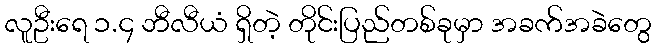
လူဦးရေ ၁.၄ ဘီလီယံ ရှိတဲ့ တိုင်းပြည်တစ်ခုမှာ အခက်အခဲတွေ